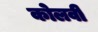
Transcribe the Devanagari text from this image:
कोलवी